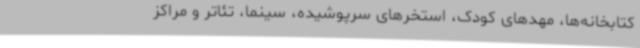
کتابخانه‌ها، مهدهای کودک، استخرهای سرپوشیده، سینما، تئاتر و مراکز